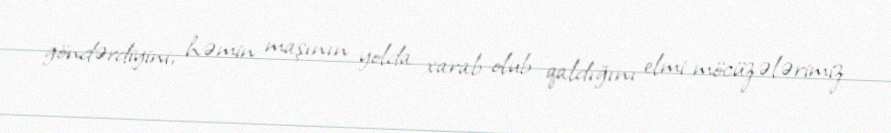
göndərdiyini, həmin maşının yolda xarab olub qaldığını elmi möcüzələrimiz